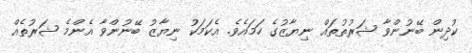
ކުދިން ބޭނުންވާ ޝަރުތުތައް ނިޔާޒުގެ ހަމައެވެ. އެކަމަކު ނިޔާޒު ބޭނުންވާ އެންމެ ޝަރުތެއް